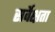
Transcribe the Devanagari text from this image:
सर्वेक्षता